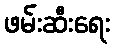
ဖမ်းဆီးရေး